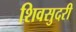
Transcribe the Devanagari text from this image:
शिवसुदरी